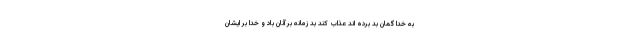
به خدا گمان بد برده اند عذاب كند بد زمانه بر آنان باد و خدا بر ايشان